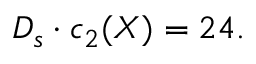
D _ { s } \cdot c _ { 2 } ( X ) = 2 4 .